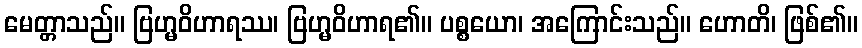
မေတ္တာသည်။ ဗြဟ္မဝိဟာရဿ၊ ဗြဟ္မဝိဟာရ၏။ ပစ္စယော၊ အကြောင်းသည်။ ဟောတိ၊ ဖြစ်၏။